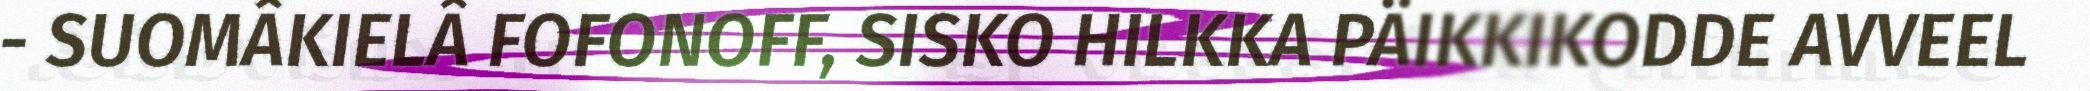
- SUOMÂKIELÂ FOFONOFF, SISKO HILKKA PÄIKKIKODDE AVVEEL